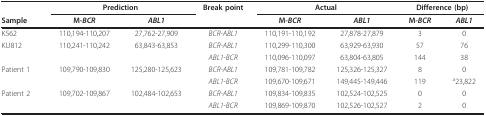
<table><thead><tr><td></td><td colspan="2"><b>Prediction</b></td><td><b>Break point</b></td><td colspan="2"><b>Actual</b></td><td colspan="2"><b>Difference (bp)</b></td></tr><tr><td><b>Sample</b></td><td><b>M-<i>BCR</i></b></td><td><b><i>ABL1</i></b></td><td></td><td><b>M-<i>BCR</i></b></td><td><b><i>ABL1</i></b></td><td><b>M-<i>BCR</i></b></td><td><b><i>ABL1</i></b></td></tr></thead><tbody><tr><td>K562</td><td>110,194-110,207</td><td>27,762-27,909</td><td><i>BCR</i>-<i>ABL1</i></td><td>110,191-110,192</td><td>27,878-27,879</td><td>3</td><td>0</td></tr><tr><td>KU812</td><td>110,241-110,242</td><td>63,843-63,853</td><td><i>BCR</i>-<i>ABL1</i></td><td>110,299-110,300</td><td>63,929-63,930</td><td>57</td><td>76</td></tr><tr><td></td><td></td><td></td><td><i>ABL1</i>-<i>BCR</i></td><td>110,096-110,097</td><td>63,804-63,805</td><td>144</td><td>38</td></tr><tr><td>Patient 1</td><td>109,790-109,830</td><td>125,280-125,623</td><td><i>BCR</i>-<i>ABL1</i></td><td>109,781-109,782</td><td>125,326-125,327</td><td>8</td><td>0</td></tr><tr><td></td><td></td><td></td><td><i>ABL1</i>-<i>BCR</i></td><td>109,670-109,671</td><td>149,445-149,446</td><td>119</td><td><sup>a</sup>23,822</td></tr><tr><td>Patient 2</td><td>109,702-109,867</td><td>102,484-102,653</td><td><i>BCR</i>-<i>ABL1</i></td><td>109,834-109,835</td><td>102,524-102,525</td><td>0</td><td>0</td></tr><tr><td></td><td></td><td></td><td><i>ABL1</i>-<i>BCR</i></td><td>109,869-109,870</td><td>102,526-102,527</td><td>2</td><td>0</td></tr></tbody></table>